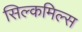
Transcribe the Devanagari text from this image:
सिल्कमिल्स